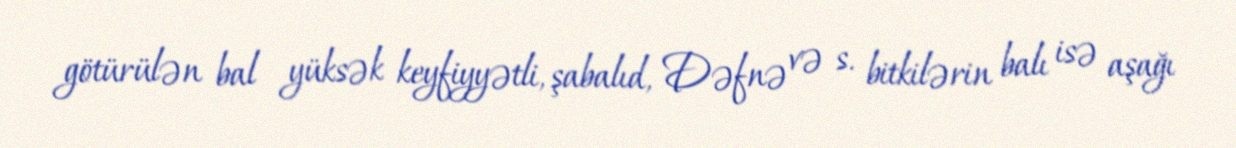
götürülən bal yüksək keyfiyyətli, şabalıd, Dəfnə və s. bitkilərin balı isə aşağı